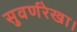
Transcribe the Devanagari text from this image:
सुवर्णरेखा।